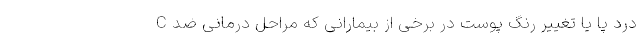
درد پا یا تغییر رنگ پوست در برخی از بیمارانی که مراحل درمانی ضد C